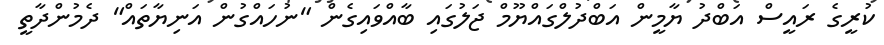
ކުރީގެ ރައީސް އަބްދު ޔާމީން އަބްދުލްގައްޔޫމް ޖަލުގައި ބާއްވައިގެން "ނުހައްގުން އަނިޔާތައް" ދެމުންދާތީ